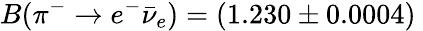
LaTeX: B(\pi^{-}\to e^{-}\bar{\nu}_{e})=(1.230\pm 0.0004)\